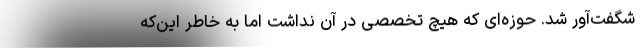
شگفت‌آور شد. حوزه‌ای که هیچ تخصصی در آن نداشت اما به خاطر این‌که